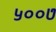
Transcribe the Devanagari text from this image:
५००७